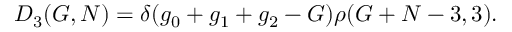
D _ { 3 } ( G , N ) = \delta ( g _ { 0 } + g _ { 1 } + g _ { 2 } - G ) \rho ( G + N - 3 , 3 ) .